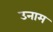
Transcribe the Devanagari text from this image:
उनाम